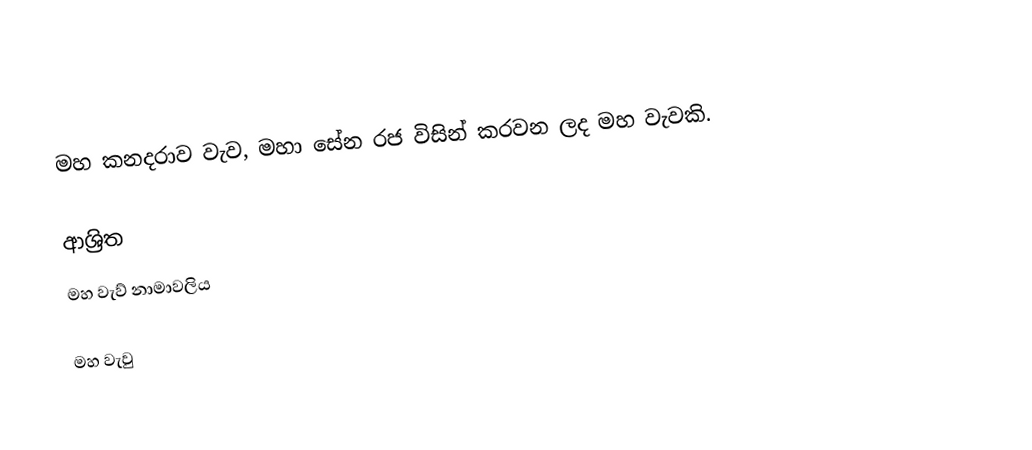
මහ කනදරාව වැව, මහා සේන රජ විසින් කරවන ලද මහ වැවකි.

ආශ්‍රිත
 මහ වැව් නාමාවලිය

මහ වැවු